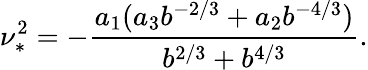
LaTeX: \nu_{*}^{2}=-\frac{a_{1}(a_{3}b^{-2/3}+a_{2}b^{-4/3})}{b^{2/3}+b^{4/3}}.